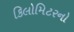
કિલોમિટરનો